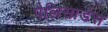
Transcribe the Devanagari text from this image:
पैलिसाडेस